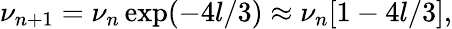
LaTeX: \nu_{n+1}=\nu_{n}\exp(-4l/3)\approx\nu_{n}[1-4l/3],